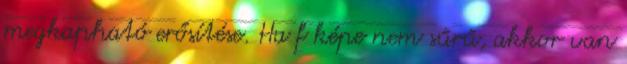
megkapható erősítése. Ha f képe nem sűrű, akkor van